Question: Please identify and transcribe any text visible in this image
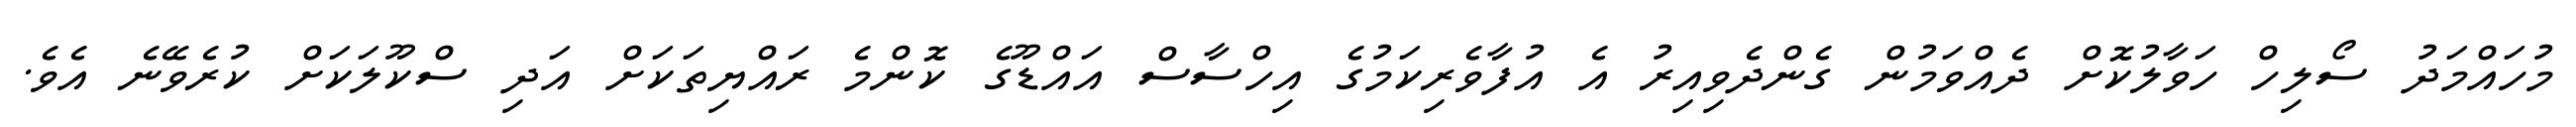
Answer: މުހައްމަދު ސޯލިހް ހަވާލުކޮށް ދެއްވަމުން ގެންދެވިއިރު އެ އުފާވެރިކަމުގެ އިހްސާސް އައްޑޫގެ ކޮންމެ ރައްޔިތަކަށް އަދި ސްކޫލަކަށް ކުރެވޭނެ އެވެ.